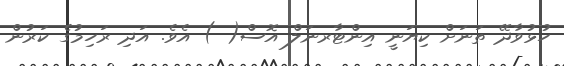
ހުޅުވާދޭ ތަނަށް ކިޔަނީ އިންޓާރނަލް އޮސް( ) އެވެ. އަދި ރަހިމުގެ ކަރުން